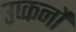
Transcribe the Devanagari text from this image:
उप्कर्नो